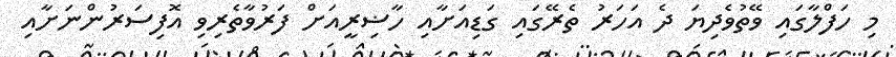
މި ހަފްލާގައި ވޭތުވެދިޔަ ދެ އަހަރު ތެރޭގައި ގަޑިއަށާއި ހާޟިރީއަށް ފަރުވާތެރިވި އޮފިސަރުންނަށާއި